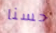
حسنا